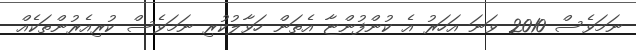
ނަމަވެސް 2010 ވަނަ އަހަރު އެ ކުންފުންޏާ އެތަން ހަވާލުކުރި ނަމަވެސް ކުރިއެރުންތަކެއް